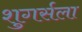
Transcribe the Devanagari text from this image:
शुगर्सला